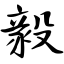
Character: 毅